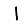
Digit: 1